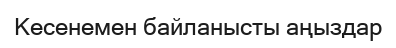
Кесенемен байланысты аңыздар